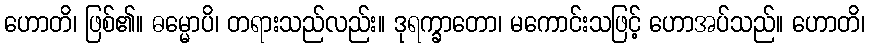
ဟောတိ၊ ဖြစ်၏။ ဓမ္မောပိ၊ တရားသည်လည်း။ ဒုရက္ခာတော၊ မကောင်းသဖြင့် ဟောအပ်သည်။ ဟောတိ၊